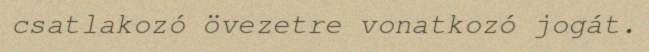
csatlakozó övezetre vonatkozó jogát.